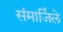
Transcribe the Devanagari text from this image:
संमार्जिले